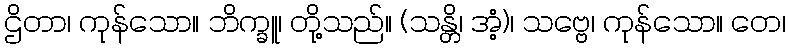
ဌိတာ၊ ကုန်သော။ ဘိက္ခူ၊ တို့သည်။ (သန္တိ၊ အံ့)၊ သဗ္ဗေ၊ ကုန်သော။ တေ၊